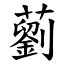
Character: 藰